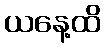
ယနေ့ထိ